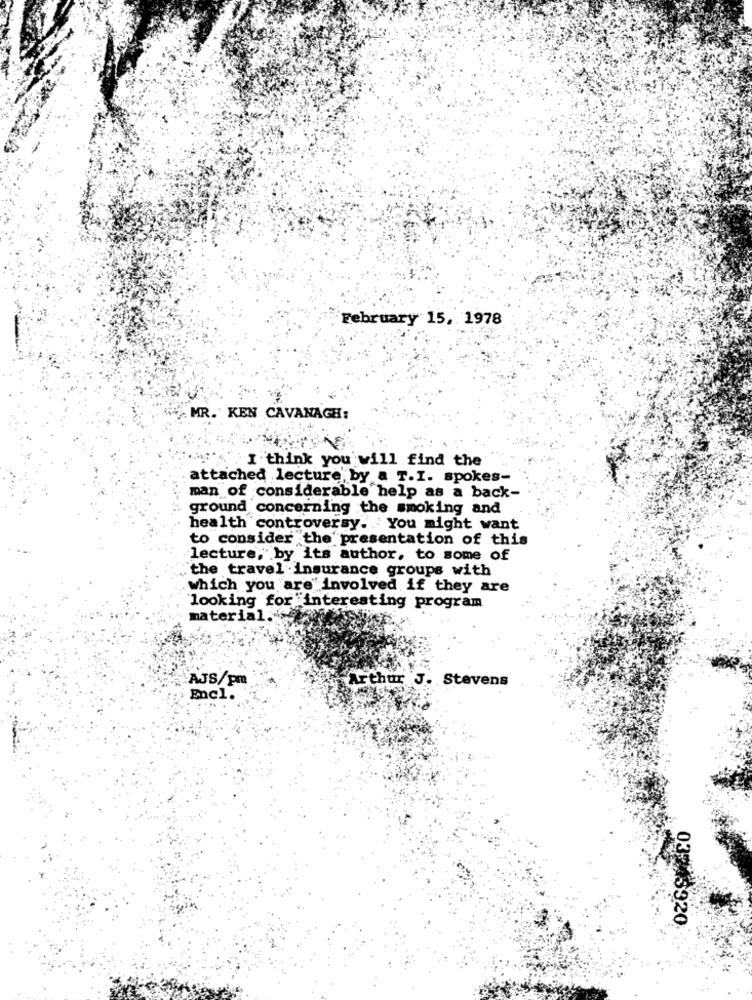
February 15, 1978
MR. KEN CAVANAGH:
I think you will find the
attached lecture by a T.I. spokes-
man of considerable help as a back-
ground concerning the smoking and
health controversy. You might want
to consider the presentation of this
lecture, by its author, to some of
the travel insurance groups with
which you are involved if they are
looking for interesting program
material.
AJS/pm
Arthur J. Stevens
Encl.
03243920